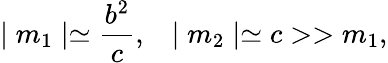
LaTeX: \mid m_{1}\mid\simeq\frac{b^{2}}{c},\; \; \; \mid m_{2}\mid\simeq c>>m_{1},